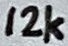
Text: 12k